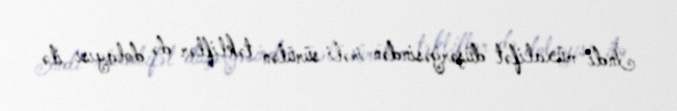
İndi müxalifət düşərgəsindən irəli sürülən təkliflər də dolayısı ilə